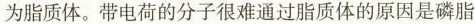
为脂质体。带电荷的分子很难通过脂质体的原因是磷脂